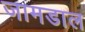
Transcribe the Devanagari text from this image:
जामडाल